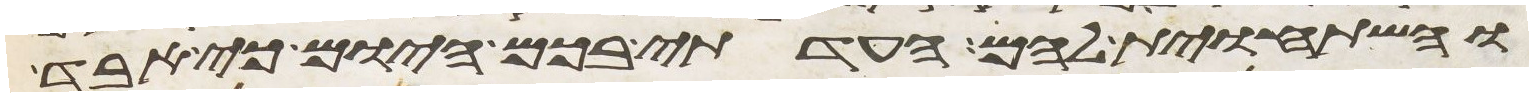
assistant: והשתחוית להם העדתי בכם היום כי אבד